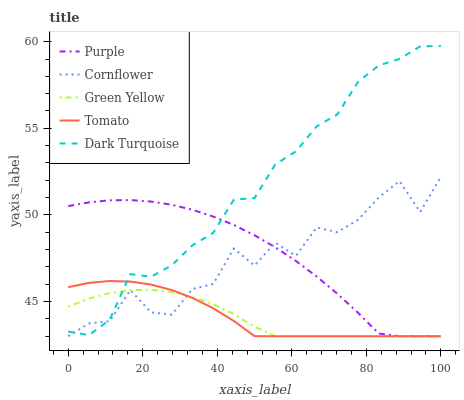
| xaxis_label | Purple | Cornflower | Green Yellow | Tomato | Dark Turquoise |
 | --- | --- | --- | --- | --- | --- |
 | 0 | 50.5 | 43 | 44.7 | 45.8 | 43.3 |
 | 5.56 | 50.7 | 43.7 | 45.2 | 46.1 | 43.1 |
 | 11.1 | 50.8 | 43.9 | 45.5 | 46.2 | 43.9 |
 | 16.7 | 50.9 | 45.7 | 45.7 | 46.2 | 46.6 |
 | 22.2 | 50.8 | 44.4 | 45.7 | 46 | 46.4 |
 | 27.8 | 50.6 | 44.2 | 45.6 | 45.7 | 47.1 |
 | 33.3 | 50.3 | 45.7 | 45.3 | 45.2 | 48.2 |
 | 38.9 | 49.9 | 46 | 44.9 | 44.6 | 49 |
 | 44.4 | 49.4 | 48.1 | 44.3 | 43.9 | 50.9 |
 | 50 | 48.8 | 47.1 | 43.6 | 43 | 51 |
 | 55.6 | 48.1 | 48.4 | 43 | 43 | 52.9 |
 | 61.1 | 47.3 | 47.6 | 43 | 43 | 53.7 |
 | 66.7 | 46.4 | 49.3 | 43 | 43 | 55.1 |
 | 72.2 | 45.5 | 49 | 43 | 43 | 55.8 |
 | 77.8 | 44.4 | 49.7 | 43 | 43 | 57.7 |
 | 83.3 | 43.2 | 51 | 43 | 43 | 58.6 |
 | 88.9 | 43 | 52 | 43 | 43 | 59 |
 | 94.4 | 43 | 50.2 | 43 | 43 | 59.7 |
 | 100 | 43 | 52.2 | 43 | 43 | 59.8 |